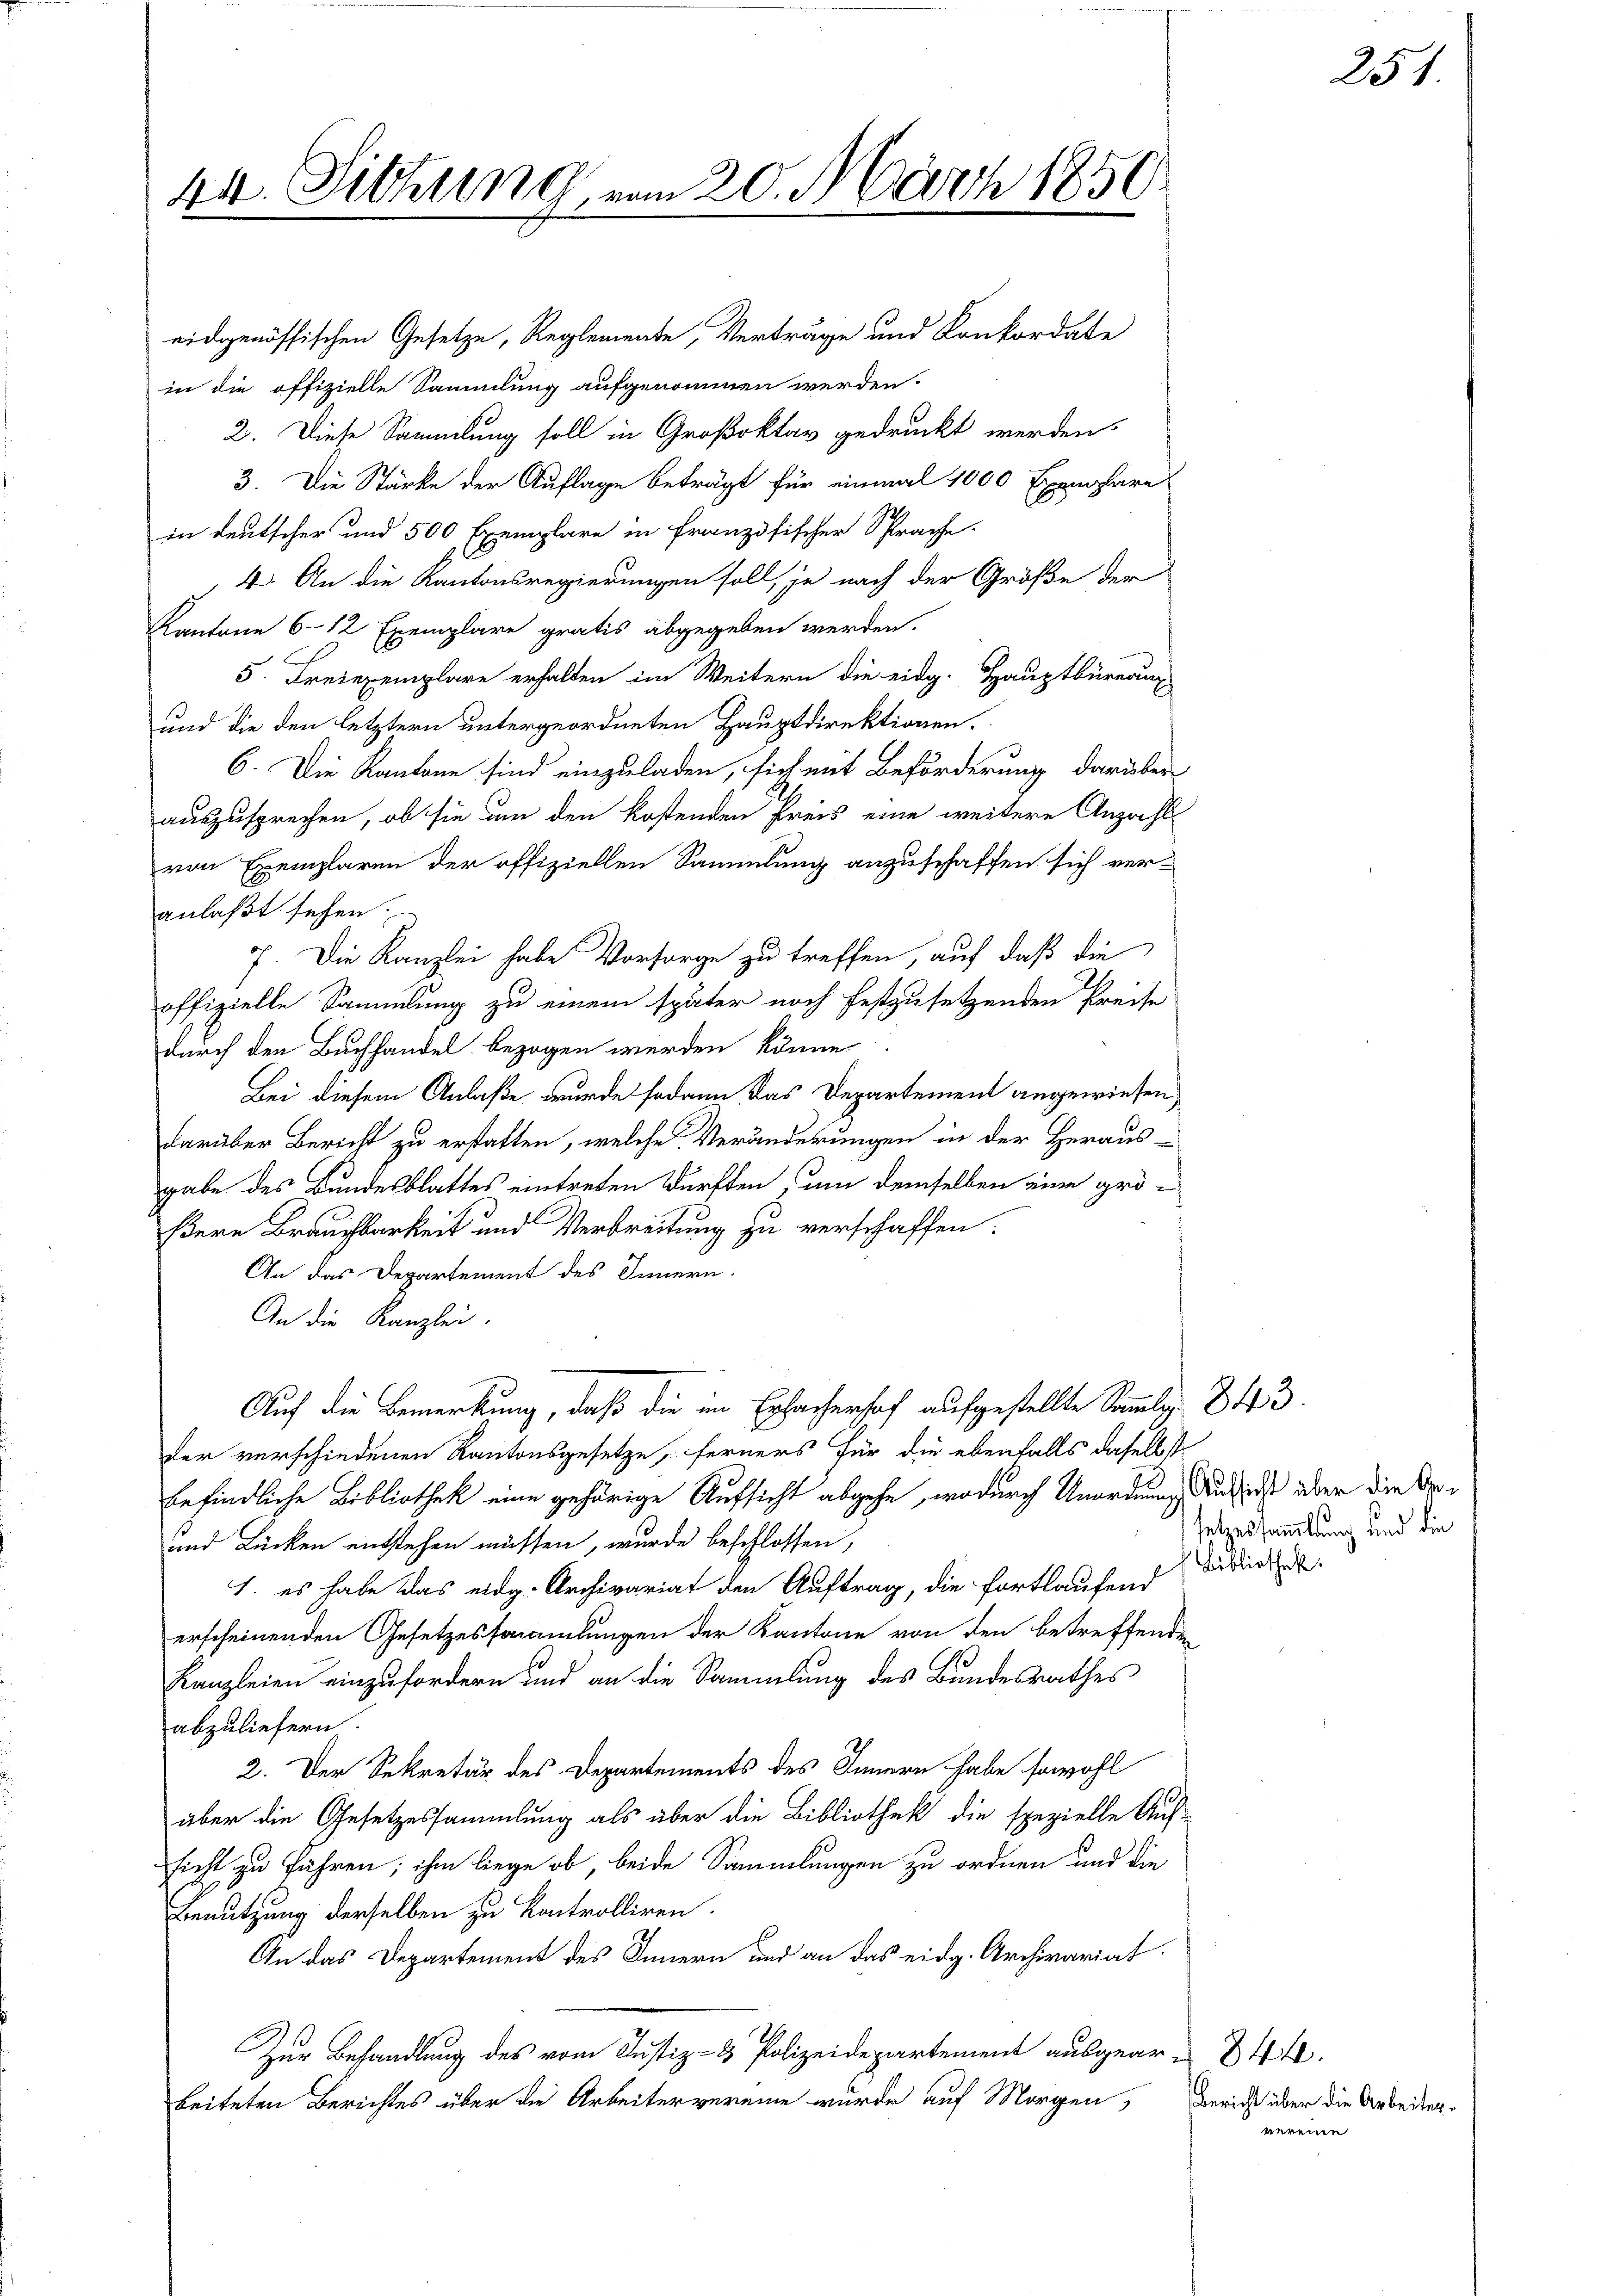
44. Sitzung, von 20. März 1850.

eidgenössischen Gesetze, Reglemente, Verträge und Konkordate
in die offizielle Sammlung aufgenommen werden.
2. Diese Sammlung soll in Großoktor gedruckt werden.
3. Die Stärke der Auflage beträgt für einmal 1000 Exemplare
in deutscher und 500 Exemplare in französischer Sprache.
4. An die Kantonsregierungen soll, je nach der Größe der
Kantone 6-12 Exemplare gratis abgegeben werden.
5. Freiexemplare erhalten im Weitern die eidg. Hauptbüreau
und die den letztern untergeordneten Hauptdirektionen.
6. Die Kantone sind einzuladen, sich mit Beförderung darüber
auszusprechen, ob sie um den kostenden Preis eine weitere Anzahl
von Exemplaren der offiziellen Sammlung anzuschaffen sich veranlaßt sehen.
7. Die Kanzlei habe Vorsorge zu treffen, auf daß die
offizielle Sammlung zu einem später noch festzusetzenden Preise
durch den Buchhandel bezogen werden könne.
Bei diesem Anlaße wurde sodann das Departement angewiesen,
darüber Bericht zu erstatten, welche Veränderungen in der Heraus-
gabe des Bundesblattes eintreten dürften, um demselben eine größere Brauchbarkeit und Verbreitung zu verschaffen.
An das Departement des Innern.
An die Kanzlei.
Auf die Bemerkung, daß die im Erlacherhof aufgestellte Sammlg. 343.
der verschiedenen Kantonsgesetze, ferners für die ebenfalls daselbst
befindliche Bibliothek eine gehörige Aufsicht abgehe, wodurch Unordnung auch ist aber die Ver¬
und Lücken entstehen müssen, wurde beschlossen,
1. es habe das eidg. Archivariat den Auftrag, die fortlaufend
erscheinenden Gesetzessammlungen der Kantone von den betreffenden
Kanzleien einzufordern und an die Sammlung des Bundesrathes
abzuliefern.
2. Der Sekretär des Departements des Innern habe sowohl
über die Gesetzessammlung als über die Bibliothek die spezielle Auf-
sicht zu führen; ihm liege ob, beide Sammlungen zu ordnen und die
Benutzung derselben zu kontrolliren.
An das Departement des Innern und an das eidg. Archivariat
Zur Behandlung des vom Justiz- & Polizeidepartement ausgear-844.
beiteten Berichtes über die Arbeiter vereine wurde auf Morgen,

setzessammlung und die
Bibliothek.

Bericht über die Arbeitervereine

51.